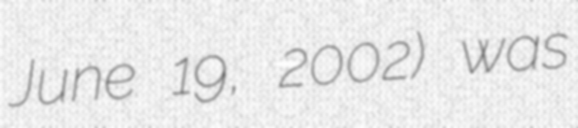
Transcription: June 19, 2002) was